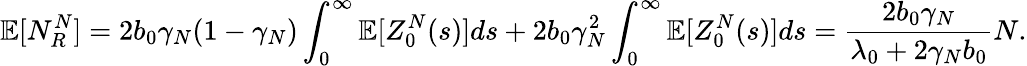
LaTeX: \mathbb{E}[N_{R}^{N}]=2b_{0}\gamma_{N}(1-\gamma_{N})\int_{0}^{\infty}\mathbb{E}[Z_{0}^{N}(s)]ds+2b_{0}\gamma_{N}^{2}\int_{0}^{\infty}\mathbb{E}[Z_{0}^{N}(s)]ds=\frac{2b_{0}\gamma_{N}}{\lambda_{0}+2\gamma_{N}b_{0}}N.